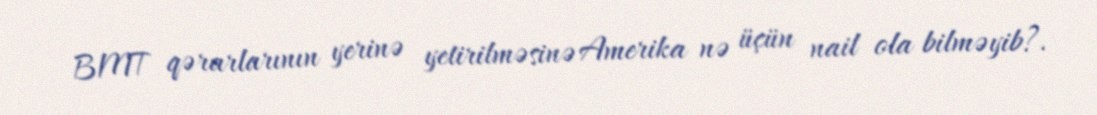
BMT qərarlarının yerinə yetirilməsinə Amerika nə üçün nail ola bilməyib?.